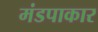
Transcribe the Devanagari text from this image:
मंडपाकार